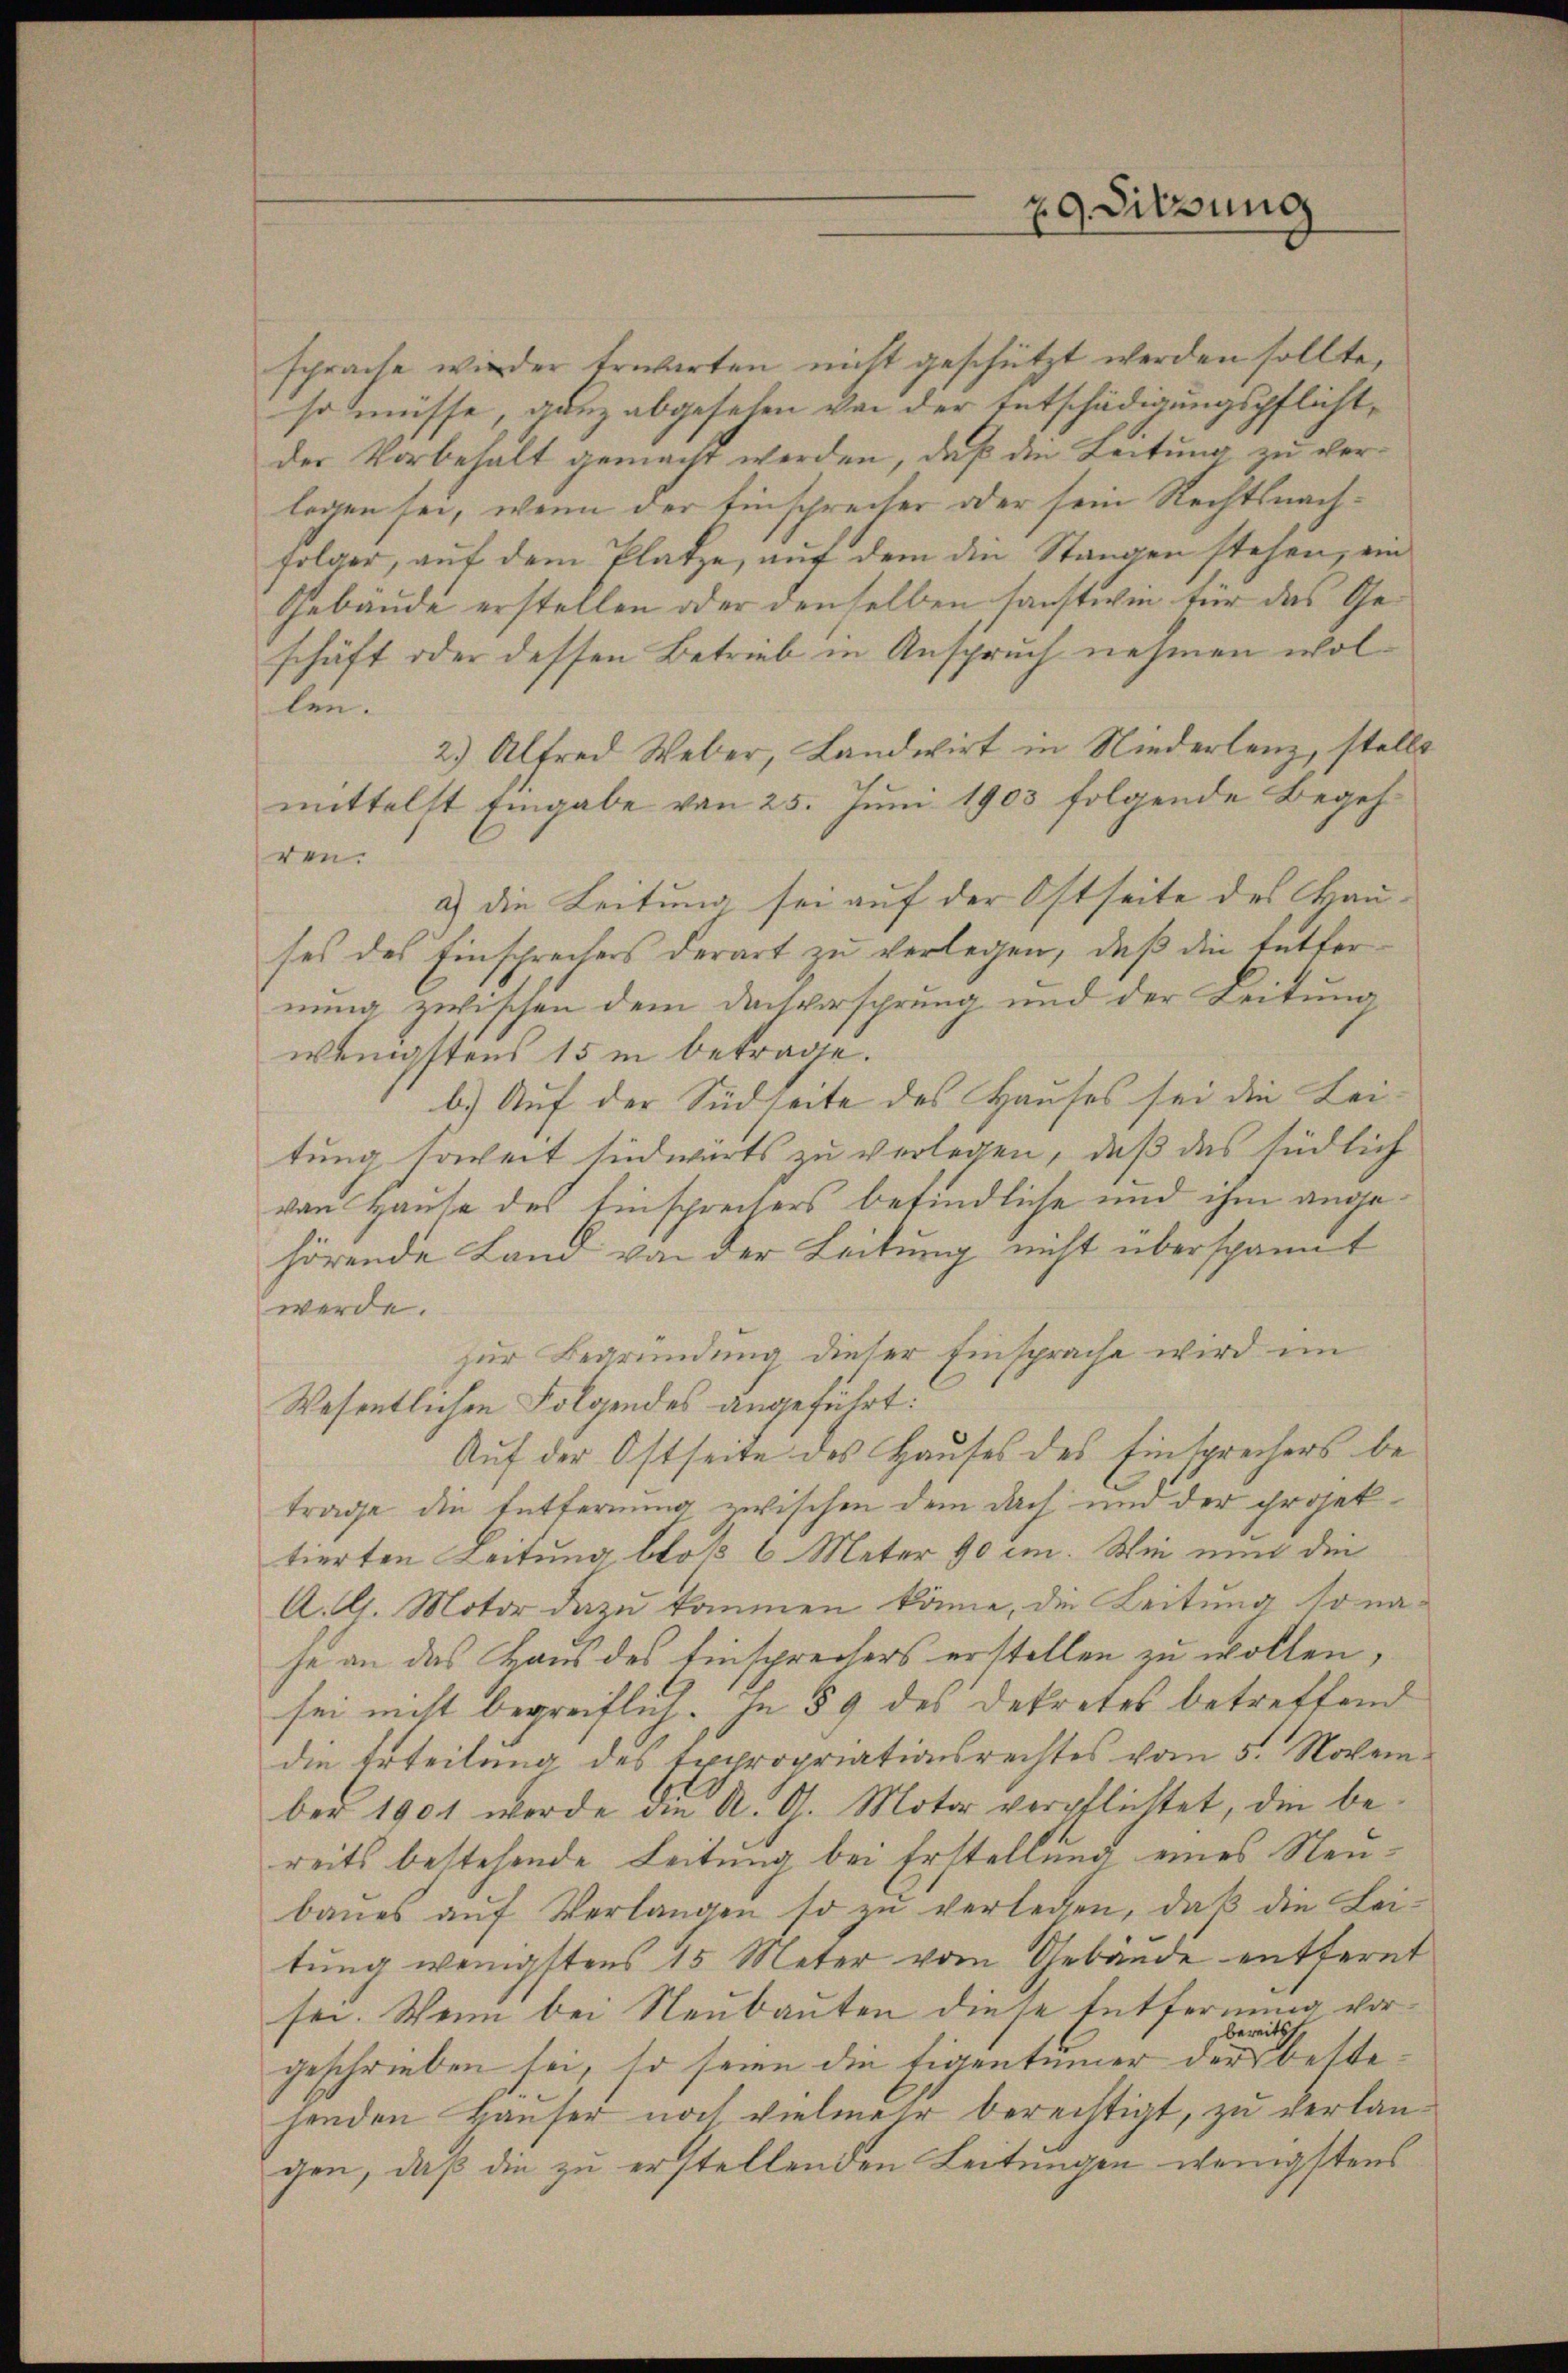
sprache wieder Erwarten nicht geschützt werden sollte,
so müsse, ganz abgesehen von der Entschädigungspflichtder Vorbehalt gemacht werden, daß die Leitung zu verlegen sei, wenn der Einsprecher oder sein Rechtsnachfolger, auf dem Platze, auf dem die Stangen stehen, ein
Gebäude erstellen oder denselben sanstwie für das Geschäft oder dessen Betrieb in Anspruch nehmen wollen.
2.) Alfred Weber, Landwirt in Niederlenz, stellt
mittelst Eingabe von 25. Juni 1903 folgende Begehren.
a) die Leitung sei auf der Ostseite des Hauses des Einschrechers derart zu verlegen, daß die Entfer
nung zwischen dem Dachversprung und der Leitung
wenigstens 15 i betrage.
b.) Auf der Südseite des Hauses sei die Leitung soweit sindwärts zu verlegen, daß das südlich
von Hause des Einsprechers befindliche und ihm angehörende Land von der Leitung nicht überspannt
werde.
zur Begründung dieser Einsprache wird im
Wesentlichen Folgendes angeführt:
Auf der Ostseite des Hauses des Einsprechers betrage die Entfernung zwischen dem Dach und der projektierten Leitung bloß 6 Meter 90 cm. Wie nun die
A. G. Motor dazu kommen könne, die Leitung so nahe an das Haus des Einsprechers erstellen zu wollen,
sei nicht begreiflich. In § 9 des Dekretes betreffend
die Erteilung des Expropriationsrechtes vom 5. November 1901 werde die A. G. Motor verpflichtet, die bereits bestehende Leitung bei Erstellung eines Neubaŭes aŭf Verlangen so zu verlegen, daß die Lei-
tung wenigstens 15 Meter vom Gebäude entfernt
sei. Wenn bei Neubauten diese Entfernung vorbereitsch
geschrieben sei, so seien die Eigentümer der bettehenden Hauser noch vielmehr berechtigt, zu verlangen, daß die zu erstellenden Leitungen wenigstens

29. Sitzung